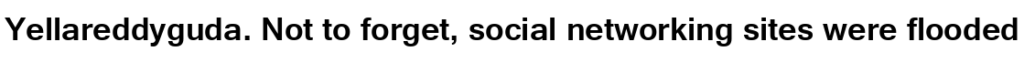
Yellareddyguda. Not to forget, social networking sites were flooded